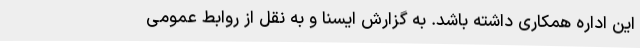
این اداره همکاری داشته باشد. به گزارش ایسنا و به نقل از روابط عمومی